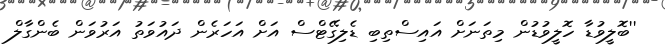
''ބޮލީވުޑާ ހޮލީވުޑުން މިތަނަށް އައިސްތިބި ޑެލިގޭޓްސް އަށް އަހަރެން ދައުވަތު އަރުވަން ބެންގާލް